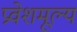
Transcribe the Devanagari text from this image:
प्रवेशमूल्य